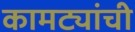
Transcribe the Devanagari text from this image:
कामट्यांची